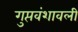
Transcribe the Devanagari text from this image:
गुप्तवंशावली